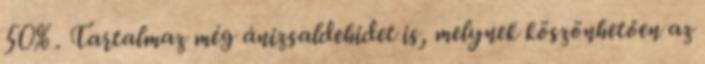
50% . Tartalmaz még ánizsaldehidet is, melynek köszönhetően az